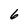
Character: 6